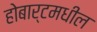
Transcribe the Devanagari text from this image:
होबार्टमधील